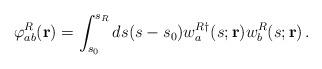
LaTeX: \begin{align*}\varphi^R_{ab}({\bf r}) = \int_{s_0}^{s_R} ds (s-s_0) w_a^{R\dagger}(s; {\bf r}) w_b^R(s; {\bf r} ) \, .\end{align*}